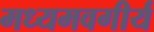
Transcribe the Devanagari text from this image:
मध्यमवगीर्य